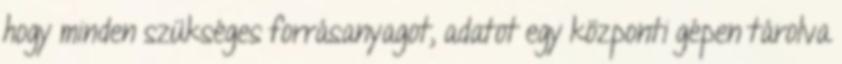
hogy minden szükséges forrásanyagot, adatot egy központi gépen tárolva